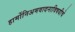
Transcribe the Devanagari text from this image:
हार्मोनिअमवादनाविषयीचे